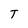
Character: T